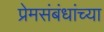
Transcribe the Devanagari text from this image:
प्रेमसंबंधांच्या